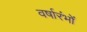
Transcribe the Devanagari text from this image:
वर्षारंभों